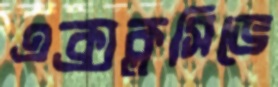
এক্সক্লুসিভে